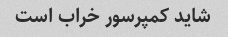
شاید کمپرسور خراب است